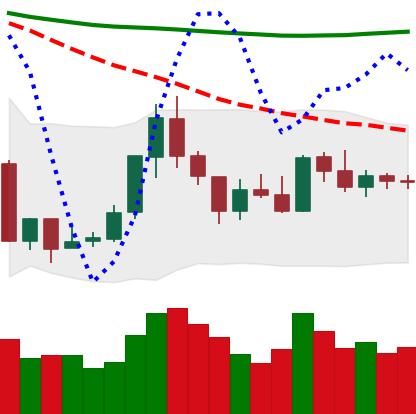
Ticker: ETH-USD
Chart end date: 2018-07-29
Forward return: -10.372%
Label: down_7plus